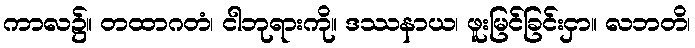
ကာလ၌။ တထာဂတံ၊ ငါဘုရားကို။ ဒဿနာယ၊ ဖူးမြင်ခြင်းငှာ။ လဘတိ၊